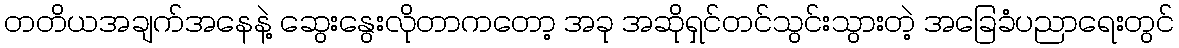
တတိယအချက်အနေနဲ့ ဆွေးနွေးလိုတာကတော့ အခု အဆိုရှင်တင်သွင်းသွားတဲ့ အခြေခံပညာရေးတွင်